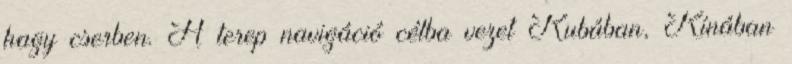
hagy cserben. A terep navigáció célba vezet Kubában, Kínában